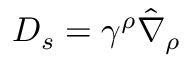
D _ { s } = \gamma ^ { \rho } \hat { \nabla } _ { \rho }